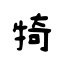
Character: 犄